Lunatic asylums in Bengal annual reports 1899-1911 - 1899-1911
Year: 1899
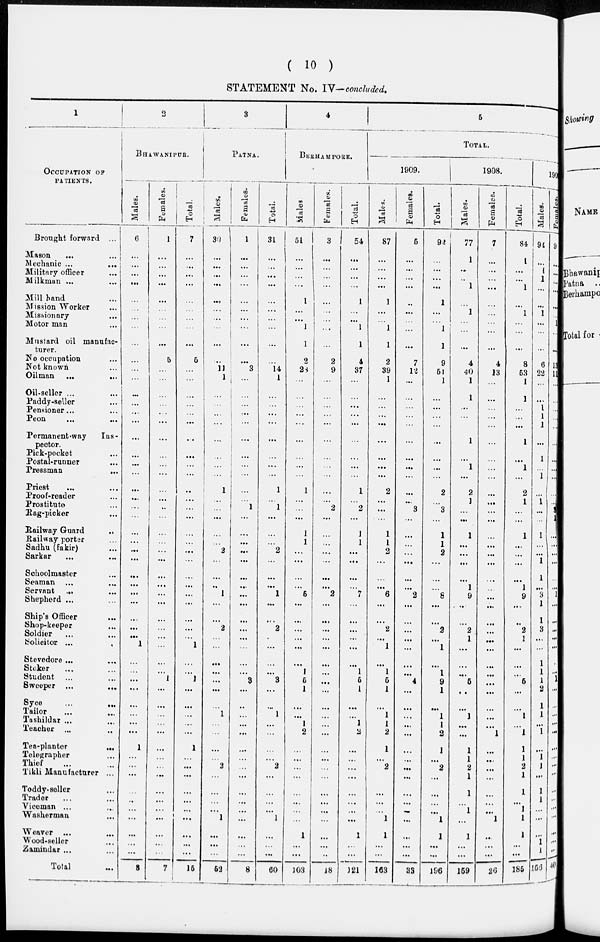
( 10 )
STATEMENT No. IV—concluded.
1
OCCUPATION OF
PATIENTS.
Brought forward ...
Mason
...
...
Mechanic
...
...
Military officer ...
Milkman ... ...
Mill band ...
Mission Worker ...
Missionary ...
Motor man ...
Mustard oil manufac-
turer.
No occupation ...
Not known ...
Oilman
... ...
Oil-seller ... ...
Paddy-seller ...
Pensioner... ...
Peon
...
...
Permanent-way
Ins -
pector.
Pick-pocket
Postal-runner ...
Pressman
...
Priest ... ...
Proof-reader ...
Prostitute ...
Rag-picker ...
Railway Guard ...
Railway porter ...
Sadhu (fakir) ...
Sarkar ... ...
Schoolmaster ...
Seaman ... ...
Servant
... ...
Shepherd ... ...
Ship's Officer ...
Shop-keeper ...
Soldier ...
Solicitor ...
Stevedore ...
Stoker ... ...
Student ... ...
Sweeper
...
...
Syce ... ...
Tailor
...
...
Tashildar ... ...
Teacher ... ...
Tea-planter ...
Telegrapher ...
Thief ... ...
Tikli Manufacturer ...
Toddy-seller ...
Trader ... ...
Viceman ... ...
Washerman ...
Weaver ... ...
Wood-seller ...
Zamindar ... ...
Total ...
2
BHAWANIPUR.
Males.
6
...
...
...
...
...
...
...
...
...
...
...
...
...
...
...
...
...
...
...
...
...
...
...
...
...
...
...
...
...
...
...
...
...
...
...
1
...
...
...
...
...
...
...
...
1
...
...
...
...
...
...
...
...
...
...
8
Females.
1
...
...
...
...
...
...
...
...
...
5
...
...
...
...
...
...
...
...
...
...
...
...
...
...
...
...
...
...
...
...
...
...
...
...
...
...
...
...
1
...
...
...
...
...
...
...
...
...
...
...
...
...
...
...
...
7
Total.
7
...
...
...
...
...
...
...
...
...
5
...
...
...
...
...
...
...
...
...
...
...
...
...
...
...
...
...
...
...
...
...
...
...
...
...
1
...
...
1
...
...
...
...
...
1
...
...
...
...
...
... ...
...
...
...
15
3
PATNA.
Males.
30
...
...
...
...
...
...
...
...
...
...
11
1
...
...
...
...
...
...
...
...
1
...
...
...
...
...
2
...
...
...
1
...
...
2
...
...
...
...
...
...
...
1
...
...
...
...
2
...
...
...
...
1
...
...
...
52
Females.
1
...
...
...
...
...
...
...
...
...
...
3
...
...
...
...
...
...
...
...
...
...
...
1
...
...
...
...
...
...
...
...
...
...
...
...
...
...
...
3
...
...
...
...
...
...
...
...
...
...
...
...
...
...
...
...
8
Total.
31
...
...
...
...
...
...
...
...
...
...
14
1
...
...
...
...
...
...
...
...
1
...
1
...
...
...
2
...
...
...
1
...
...
2
...
...
...
...
3
...
...
1
...
...
...
...
2
...
...
...
...
1
...
...
...
60
4
BERAHAMPORE.
Males.
51
...
...
...
...
1
...
...
1
1
2
28
...
...
...
...
...
...
...
...
...
1
...
...
...
1
1
...
...
...
...
5
...
...
...
...
...
...
1
5
1
...
...
1
2
...
...
...
...
...
...
...
...
1
...
...
103
Females.
3
...
...
...
...
...
...
...
...
...
2
9
...
...
...
...
...
...
...
...
...
...
...
2
...
...
...
...
...
...
...
2
...
...
...
...
...
...
...
...
...
...
...
...
...
...
...
...
...
...
...
...
...
...
...
...
18
Total.
54
...
...
...
...
1
...
...
1
1
4
37
...
...
...
...
...
...
...
...
...
1
...
2
...
1
1
...
...
...
...
7
...
...
...
...
...
...
1
5
1
...
...
1
2
...
...
...
...
...
...
...
...
1
...
...
121
5
TOTAL.
1909.
Males.
87
...
...
...
...
1
...
...
1
1
2
39
1
...
...
...
...
...
...
...
...
2
...
...
...
1
1
2
...
...
...
6
...
...
2
...
1
...
1
5
1
...
1
1
2
1
...
2
...
...
...
...
1
1
...
...
163
Females.
5
...
...
...
...
...
...
...
...
...
7
12
...
...
...
...
...
...
...
...
...
...
...
3
...
...
...
...
...
...
...
2
...
...
...
...
...
...
...
4
...
...
...
...
...
...
...
...
...
...
...
...
...
...
...
...
33
Total.
92
...
...
...
...
1
...
...
1
1
9
51
1
...
...
...
...
...
...
...
...
2
...
3
...
1
1
2
...
...
...
8
...
...
2
...
1
...
1
9
1
...
1
1
2
1
...
2
...
...
...
...
1
1
...
...
196
1908.
Males.
77
1
...
...
1
...
1
...
...
...
4
40
1
1
...
...
...
1
...
1
...
2
1
...
...
1
...
...
...
...
1
9
...
...
2
1
...
...
...
5
...
...
1
...
...
1
1
2
1
1
...
...
...
1
...
...
159
Females.
7
...
...
...
...
...
...
...
...
...
4
13
...
...
...
...
...
...
...
...
...
...
...
...
...
...
...
...
...
...
...
...
...
...
...
...
...
...
...
...
...
...
...
...
1
...
...
...
...
...
...
...
1
...
...
...
26
Total.
84
1
...
...
1
...
1
...
...
...
8
53
1
1
...
...
...
1
...
1
...
2
1
...
...
1
...
...
...
...
1
9
...
...
2
1
...
...
...
5
...
...
1
...
1
1
1
2
1
1
...
1
1
1
...
...
186
1907
Males.
94
...
1
1
...
...
1
...
...
...
6
22
...
...
1
1
1
...
1
...
1
...
1
...
...
1
...
...
1
1
...
3
1
1
3
...
...
1
1
1
2
1
1
...
1
...
1
1
...
1
1
...
...
...
1
1
156
Feamales.
9
...
...
...
...
...
...
1
...
...
13
11
...
...
...
...
...
...
...
...
...
...
...
1
1
...
...
...
...
...
...
1
...
...
...
...
...
...
...
1
...
...
...
...
...
...
...
...
...
...
...
...
...
...
...
...
40